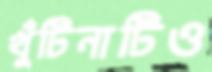
খুঁটিনাটিও